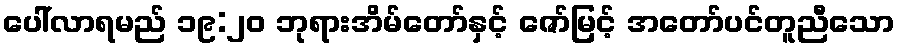
ပေါ်လာရမည် ၁၉:၂၀ ဘုရားအိမ်တော်နှင့် ဇော်မြင့် အတော်ပင်တူညီသော